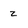
Character: z